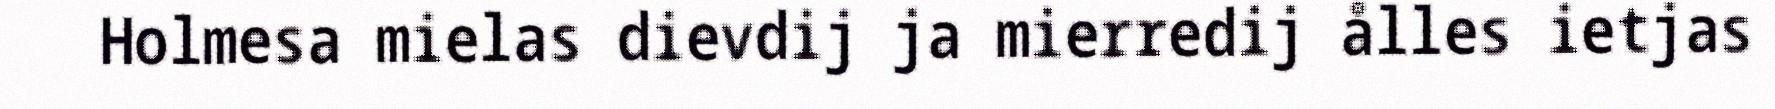
Holmesa mielas dievdij ja mierredij ålles ietjas